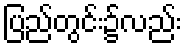
ပြည်တွင်း၌လည်း